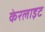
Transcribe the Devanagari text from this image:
केरलाइट